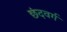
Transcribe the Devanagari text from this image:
छंदवर्ग